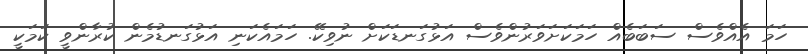
ހަމަ އެއްވެސް ސަބަބެއް ހަމަކަށަވަރުންވެސް އަޅުގަނޑަކަށް ނުވިކޭ. ހަމައެކަނި އަޅުގަނޑުމެން ކުރާންވީ ކަމަކީ